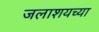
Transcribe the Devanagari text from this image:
जलाशयच्या